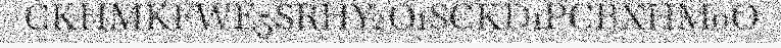
CKHMKFWE5SRHY2O1SCKD1PCBXHM0O